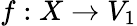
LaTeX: f:X\to V_{1}